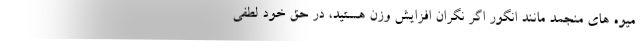
میوه های منجمد مانند انگور اگر نگران افزایش وزن هستید، در حق خود لطفی